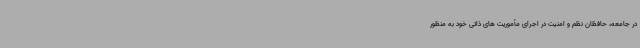
در جامعه، حافظان نظم و امنیت در اجرای مأموریت های ذاتی خود به منظور